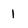
Character: 1